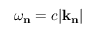
\omega _ { \mathbf { n } } = c | \mathbf { k } _ { \mathbf { n } } |